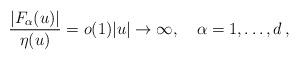
LaTeX: \begin{align*}\frac{|F_\alpha(u)|}{\eta(u)}=o(1) |u|\to\infty,\quad\alpha=1,\dots,d \, ,\end{align*}